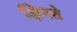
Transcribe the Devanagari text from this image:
क्षिपते